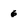
Character: 6